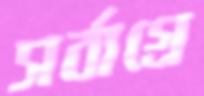
সর্বাগ্রে